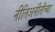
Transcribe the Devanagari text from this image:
नीतिअनीतीच्या